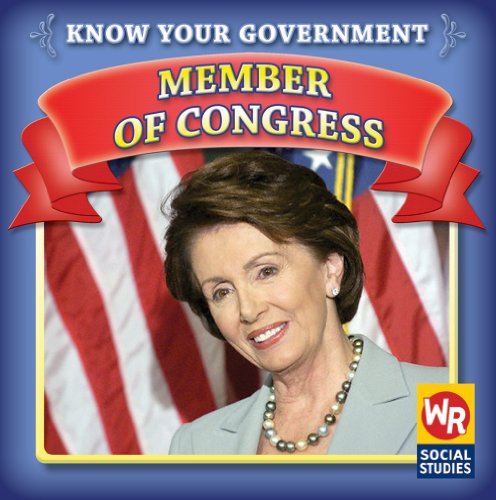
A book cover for Member of Congress (Know Your Government); Jacqueline Laks Gorman; Children's Books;